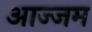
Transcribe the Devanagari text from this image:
आज्जम